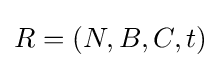
R=(N,B,C,t)